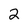
Character: 2